Insane asylums Bombay 1873-77 - 1873-1877
Year: 1873
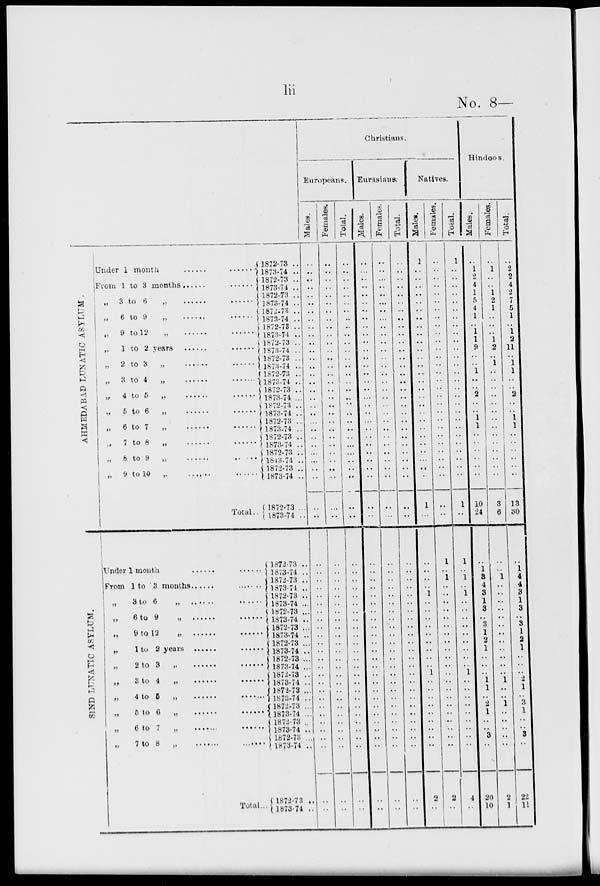
lii
No. 8—
AHMEDABAD LUNATIC ASYLUM .
S1ND LUNATIC ASYLUM.
Under 1month ...... ......
From 1 to 3 months ...... ......
„ 3 to 6 „ ...... ......
„ 6 to 9 „ ...... ......
„
9 to 12
„
......
......
„ 1 to 2 years ...... ......
„
2 to 3
„
......
......
„ 3 to 4 „ ...... ......
„
4 to 5 „
., 5 to 6
„
„ 6 to 7
„
„
7
to 8
„
„ 8 to 9 „
„ 9 to 10 „
Total..
Under 1month ...... ......
From 1 to 3 months ...... ......
„ 3 to 6 „ ...... ......
„ 6 to 9 „ ...... ......
„ 9 to 12 „ ...... ......
„ 1 to 2 years ...... ......
„ 2 to 3 „ ...... ......
„ 3 to 4 „ ...... ......
„ 4 to 5 „
., 5 to 6 „
„ 6 to 7 „
„ 7 to 8
„
Total...
1872-73 ..
1873-74 ..
1872-73 ..
1873-74 ..
1872-73 ..
1873-74 ..
1872-73 ..
1873-74 ..
1872-73 ..
1873-74 ..
1872-73 ..
1873-74 ..
1872-73 ..
1873-74 ..
1872-73 ..
1873-74 ..
1872-73 ..
1873-74 ..
1872-73 ..
1873-74 ..
1872-73 ..
1873-74 ..
1872-73 ..
1873-74 ..
1872-73 ..
1873-74 ..
1872-73 ..
1873-74 ..
1872-73 ..
1873-74 .
1872-73 ..
1873-74 ..
1872-73 ..
1873-74 ..
1872-73 ..
1873-74 ..
1872-73 ..
1873-74 ..
1872-73 ..
1873-74 ..
1872-73 ..
1873-74 ..
1872-73 ..
1873-74 ..
1872-73 ..
1873-74 ..
1872-73 ..
1873-74 ..
1872-73 ..
1873-74 ..
1872-73 ..
1873-74 ..
1872-73 ..
1873-74 ..
1872-73 ..
1873-74 ..
Christians.
Europeans.
Males.
..
..
..
..
..
..
..
..
..
..
..
..
..
..
..
..
..
..
..
..
..
..
..
..
..
..
..
..
..
..
..
..
..
..
..
..
..
..
..
..
..
..
..
..
..
..
..
..
..
..
..
..
..
..
..
..
Females.
..
..
..
..
..
..
..
..
..
..
..
..
..
..
..
..
..
..
..
..
..
..
..
..
..
..
..
..
..
..
..
..
..
..
..
..
..
..
..
..
..
..
..
..
..
..
..
..
..
..
..
..
..
..
..
..
Total.
..
..
..
..
..
..
..
..
..
..
..
..
..
..
..
..
..
..
..
..
..
..
..
..
..
..
..
..
..
..
..
..
..
..
..
..
..
..
..
..
..
..
..
..
..
..
..
..
..
..
..
..
..
..
..
..
Eurasians.
Males.
..
..
..
..
..
..
..
..
..
..
..
..
..
..
..
..
..
..
..
..
..
..
..
..
..
..
..
..
..
..
..
..
..
..
..
..
..
..
..
..
..
..
..
..
..
..
..
..
..
..
..
..
..
..
..
..
Females.
..
..
..
..
..
..
..
..
..
..
..
..
..
..
..
..
..
..
..
..
..
..
..
..
..
..
..
..
..
..
..
..
..
..
..
..
..
..
..
..
..
..
..
..
..
..
..
..
..
..
..
..
..
..
..
..
Total.
..
..
..
..
..
..
..
..
..
..
..
..
..
..
..
..
..
..
..
..
..
..
..
..
..
..
..
..
..
..
..
..
..
..
..
..
..
..
..
..
..
..
..
..
..
..
..
..
..
..
..
..
..
..
..
..
Natives.
Males.
1
..
..
..
..
..
..
..
..
..
..
..
..
..
..
..
..
..
..
..
..
..
..
..
..
..
..
..
1
..
..
..
..
..
1
..
..
..
..
..
..
..
..
..
1
..
..
..
..
..
..
..
..
..
2
..
Females.
..
..
..
..
..
..
..
..
..
..
..
..
..
..
..
..
..
..
..
..
..
..
..
..
..
..
..
..
..
..
1
..
1
..
..
..
..
..
..
..
..
..
..
..
..
..
..
..
..
..
..
..
..
..
2
..
Total.
1
..
..
..
..
..
..
..
..
..
..
..
..
..
..
..
..
..
..
..
..
..
..
..
..
..
..
..
1
..
1
..
1
..
1
..
..
..
..
..
..
..
..
..
1
..
..
..
..
..
..
..
..
..
4
..
Hindoos.
Males.
..
1
2
4
1
5
4
1
..
1
1
9
..
..
1
..
..
2
..
..
1
1
..
..
..
..
..
..
10
24
..
1
3 4
3
1
3
..
3
1
2
1
..
..
..
1
1
..
2
1
..
..
3
..
20
10
Females.
..
1
..
..
1
2
1
..
..
..
1
2
..
1
..
..
..
..
..
..
..
..
..
..
..
..
..
..
3
6
..
..
1
..
..
..
..
..
..
..
..
..
..
..
..
1
..
..
1
..
..
..
..
..
2
1
Total.
..
2
2
4
2
7
5
1
..
1
2
11
..
1
1
....
..
2
..
..
1
1
..
..
..
..
..
..
13
30
..
1
4
4
3
1
3
..
3
1
2
1
..
..
..
2
1
..
3
1
..
..
3
..
22
11